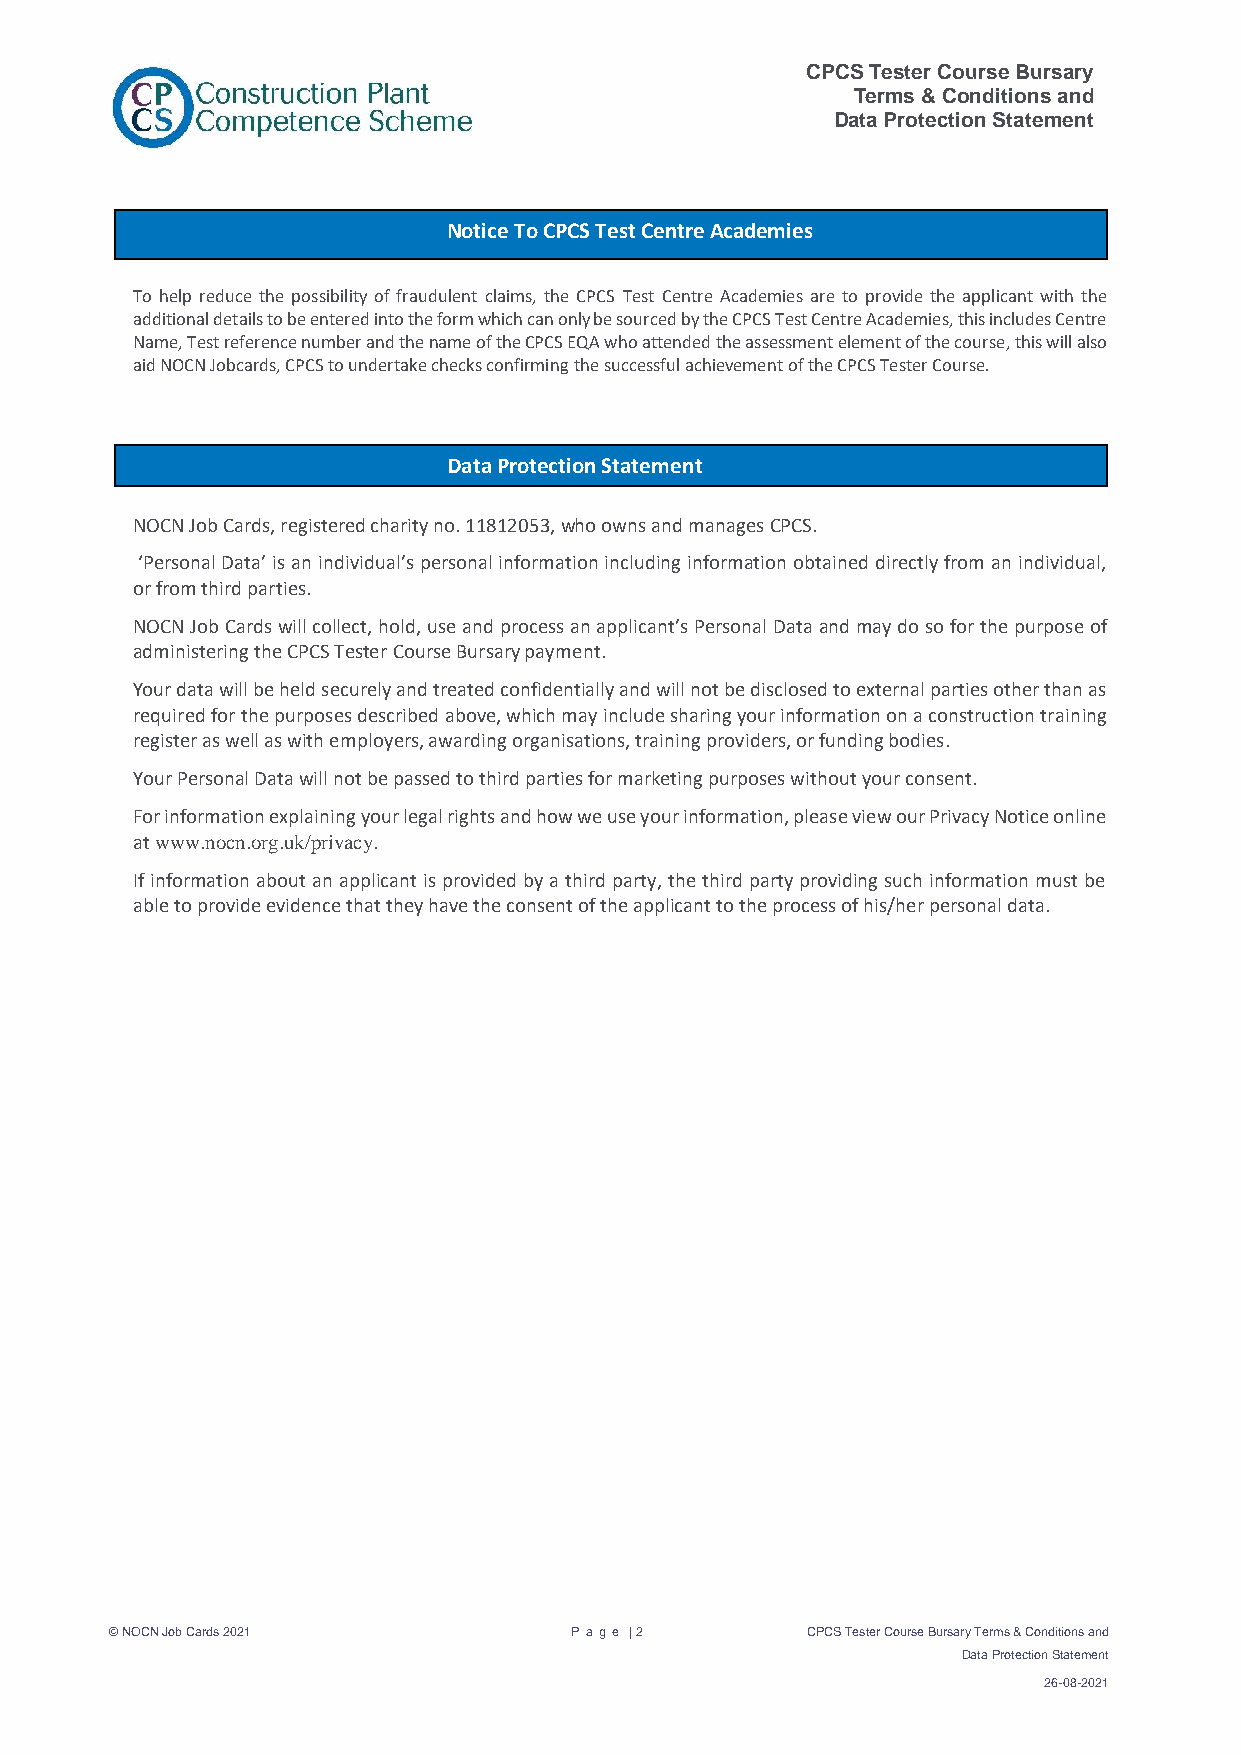
CPCS Tester Course Bursary
 Terms & Conditions and
 Data Protection Statement
 Notice To CPCS Test Centre Academies
 To help reduce the possibility of fraudulent claims, the CPCS Test Centre Academies are to provide the applicant with the
 additional details to be entered into the form which can only be sourced by the CPCS Test Centre Academies, this includes Centre
 Name, Test reference number and the name of the CPCS EQA who attended the assessment element of the course, this will also
 aid NOCN Jobcards, CPCS to undertake checks confirming the successful achievement of the CPCS Tester Course.
 Data Protection Statement
 NOCN Job Cards, registered charity no. 11812053, who owns and manages CPCS.
 ‘Personal Data’ is an individual’s personal information including information obtained directly from an individual,
 or from third parties.
 NOCN Job Cards will collect, hold, use and process an applicant’s Personal Data and may do so for the purpose of
 administering the CPCS Tester Course Bursary payment.
 Your data will be held securely and treated confidentially and will not be disclosed to external parties other than as
 required for the purposes described above, which may include sharing your information on a construction training
 register as well as with employers, awarding organisations, training providers, or funding bodies.
 Your Personal Data will not be passed to third parties for marketing purposes without your consent.
 For information explaining your legal rights and how we use your information, please view our Privacy Notice online
 at www.nocn.org.uk/privacy.
 If information about an applicant is provided by a third party, the third party providing such information must be
 able to provide evidence that they have the consent of the applicant to the process of his/her personal data.
 © NOCN Job Cards 2021          Pa g e | 2     CPCS Tester Course Bursary Terms & Conditions and
 Data Protection Statement
 26-08-2021